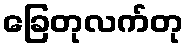
ခြေတုလက်တု